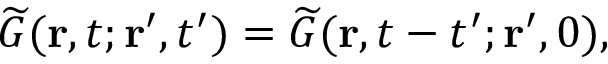
\widetilde { G } ( \mathbf { r } , t ; \mathbf { r } ^ { \prime } , t ^ { \prime } ) = \widetilde { G } ( \mathbf { r } , t - t ^ { \prime } ; \mathbf { r } ^ { \prime } , 0 ) ,